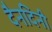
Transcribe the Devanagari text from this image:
दैनदिनी